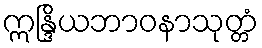
ဣန္ဒြိယဘာဝနာသုတ္တံ